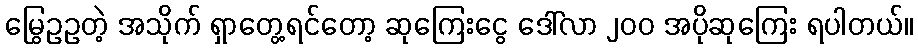
မြွေဥဥတဲ့ အသိုက် ရှာတွေ့ရင်တော့ ဆုကြေးငွေ ဒေါ်လာ ၂၀၀ အပိုဆုကြေး ရပါတယ်။